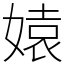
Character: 媴